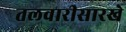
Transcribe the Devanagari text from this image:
तलवारीसारखे